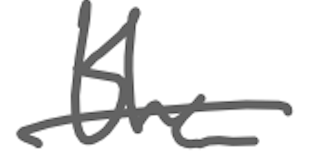
Text: the
Cross-out: single-line
Writing tool: digital_gray